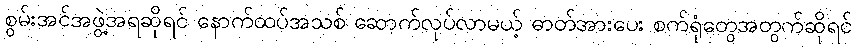
စွမ်းအင်အဖွဲ့အရဆိုရင် နောက်ထပ်အသစ် ဆောက်လုပ်လာမယ့် ဓာတ်အားပေး စက်ရုံတွေအတွက်ဆိုရင်